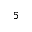
5